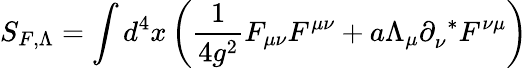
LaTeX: S_{F,\Lambda}=\int d^{4}x\left(\frac{1}{4g^{2}}F_{\mu\nu}F^{\mu\nu}+a\Lambda_{\mu}\partial_{\nu}^{~~*}F^{\nu\mu}\right)